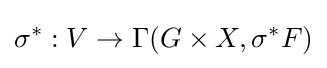
\sigma ^{*}:V\to \Gamma (G\times X,\sigma ^{*}F)